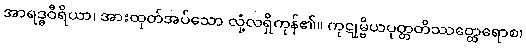
အာရဒ္ဓဝီရိယာ၊ အားထုတ်အပ်သော လုံ့လရှိကုန်၏။ ကုဋုမ္ဗိယပုတ္တတိဿတ္ထေရောစ၊